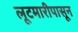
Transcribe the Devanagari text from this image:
लूटमारीपासून